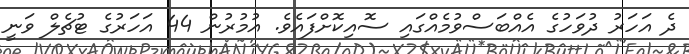
ދެ އަހަރު ދުވަހުގެ އެއްބަސްވުމެއްގައި ސޮއިކޮށްފައެވެ. އުމުރުން 44 އަހަރުގެ ޓުޗެލް ވަނީ